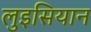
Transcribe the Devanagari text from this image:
लुइसियान